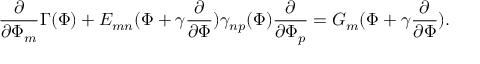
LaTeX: \frac { \partial } { \partial \Phi _ { m } } \Gamma ( \Phi ) + E _ { m n } ( \Phi + \gamma \frac { \partial } { \partial \Phi } ) \gamma _ { n p } ( \Phi ) \frac { \partial } { \partial \Phi _ { p } } = G _ { m } ( \Phi + \gamma \frac { \partial } { \partial \Phi } ) .